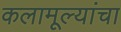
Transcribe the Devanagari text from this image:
कलामूल्यांचा